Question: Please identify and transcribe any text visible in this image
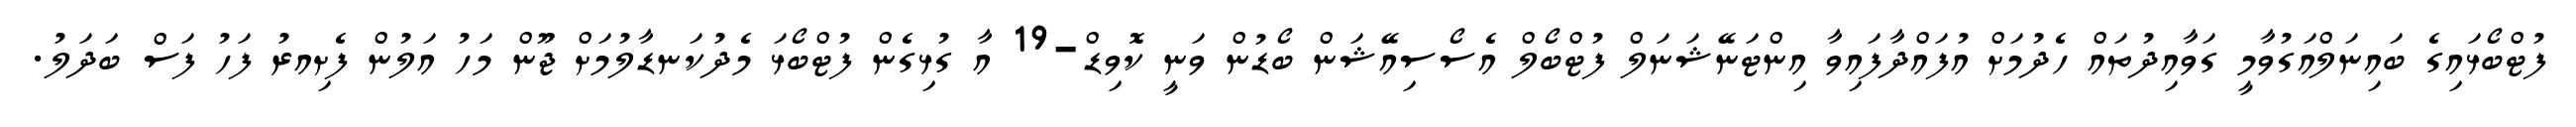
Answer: ފުޓްބޯޅައިގެ ބައިނަލްއަގުވާމީ ގަވާއިދުތައް ހެދުމަށް އުފައްދާފައިވާ އިންޓަނޭޝަނަލް ފުޓްބޯލް އެސޯސިއޭޝަން ބޯޑުން ވަނީ ކޮވިޑް-19 އާ ގުޅިގެން ފުޓްބޯޅަ މެދުކަނޑާލުމަށް ޖޫން މަހު އަލުން ފެށިއރު ފަހު ފަސް ބަދަލު.